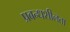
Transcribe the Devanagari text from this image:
प्रबन्धशीलता